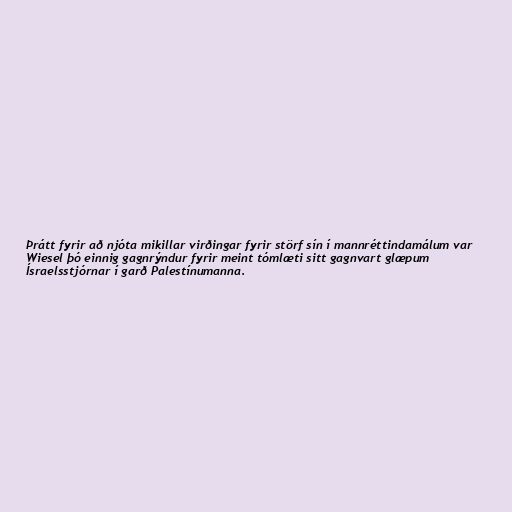
Þrátt fyrir að njóta mikillar virðingar fyrir störf sín í mannréttindamálum var
Wiesel þó einnig gagnrýndur fyrir meint tómlæti sitt gagnvart glæpum
Ísraelsstjórnar í garð Palestínumanna.